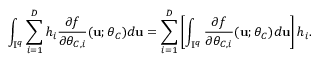
\int _ { \mathbb { I } ^ { q } } \sum _ { i = 1 } ^ { D } h _ { i } \frac { \partial f } { \partial \theta _ { C , i } } ( \mathbf { u } ; \boldsymbol { \theta } _ { C } ) d \mathbf { u } = \sum _ { i = 1 } ^ { D } \left[ \int _ { \mathbb { I } ^ { q } } \frac { \partial f } { \partial \theta _ { C , i } } ( \mathbf { u } ; \boldsymbol { \theta } _ { C } ) d \mathbf { u } \right] h _ { i } .